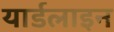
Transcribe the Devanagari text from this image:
यार्डलाइन